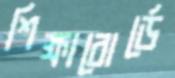
শিক্ষাবোর্ডে